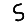
Digit: 5